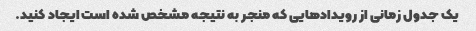
یک جدول زمانی از رویدادهایی که منجر به نتیجه مشخص شده است ایجاد کنید.